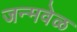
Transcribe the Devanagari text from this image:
जन्मवेळ